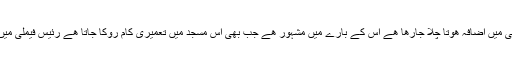
اور روز بروز اس کی خوبصورتی میں اضافہ ھوتا چلا جارھا ھے اس کے بارے میں مشہور ھے جب بھی اس مسجد میں تعمیری کام روکا جاتا ھے رئیس فیملی میں جانی نقصان شروع ھوجاتا ھے۔